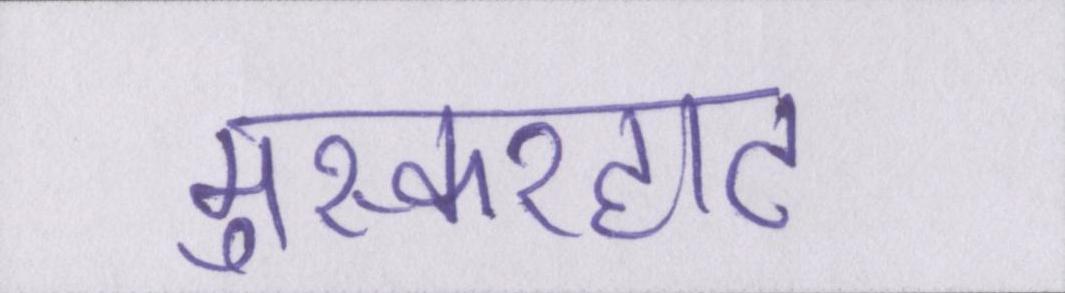
मुस्करहाट